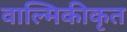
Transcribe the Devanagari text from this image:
वाल्मिकीकृत